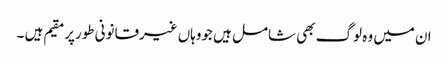
ان میں وہ لوگ بھی شامل ہیں جووہاں غیرقانونی طورپرمقیم ہیں ۔